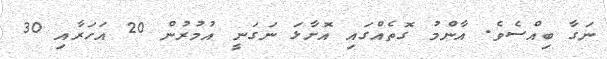
ނަގާ ބިއްސެވެ. އާންމު ގޮތެއްގައި އޮށާޅަ ނަގަނީ އުމުރުން 20 އަހަރާއި 30